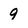
Character: 9